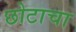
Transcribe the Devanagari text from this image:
छोटाचा